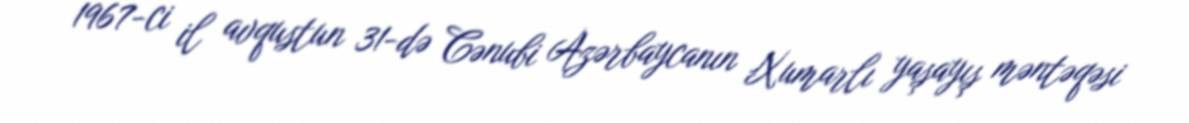
1967-ci il avqustun 31-də Cənubi Azərbaycanın Xumarlı yaşayış məntəqəsi